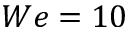
W e = 1 0